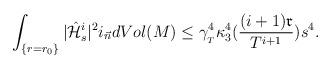
LaTeX: \begin{align*}\int_{\{r=r_0\}}|\hat{\mathcal{H}}^{i}_s|^2i_{\vec{n}}dVol(M)\leq \gamma_{_T}^4\kappa_3^4(\frac{(i+1)\mathfrak{r}}{T^{i+1}}) s^4.\end{align*}